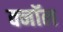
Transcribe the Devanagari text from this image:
क्नॉल